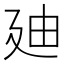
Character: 廸